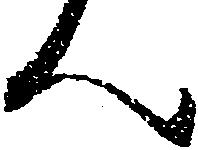
ん